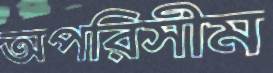
অপরিসীম